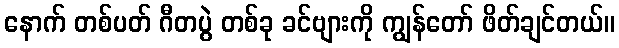
နောက် တစ်ပတ် ဂီတပွဲ တစ်ခု ခင်ဗျားကို ကျွန်တော် ဖိတ်ချင်တယ်။